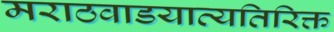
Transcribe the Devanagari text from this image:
मराठवाडयाव्यतिरिक्त